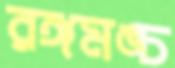
রঙ্গমঙ্চ